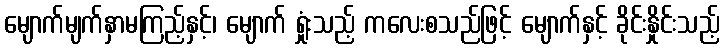
မျောက်မျက်နှာမကြည့်နှင့်၊ မျောက် ရှုံးသည့် ကလေးစသည်ဖြင့် မျောက်နှင့် ခိုင်းနှိုင်းသည့်